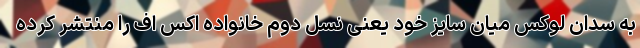
به سدان لوکس میان سایز خود یعنی نسل دوم خانواده اکس اف را منتشر کرده